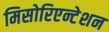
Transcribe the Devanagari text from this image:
मिसोरिएन्टेशन